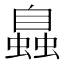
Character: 𧑉